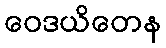
ဝေဒယိတေန